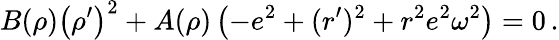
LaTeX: B(\rho)\left(\rho^{\prime}\right)^{2}+A(\rho)\left(-e^{2}+(r^{\prime})^{2}+r^{2}e^{2}\omega^{2}\right)=0\, .